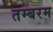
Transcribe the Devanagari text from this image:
तम्बरम